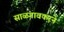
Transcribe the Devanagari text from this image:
साळगावकरने